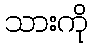
သားကို